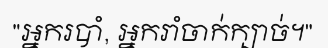
"អ្នករបាំ, អ្នករាំចាក់ក្បាច់។"